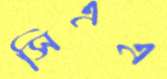
সিএএ